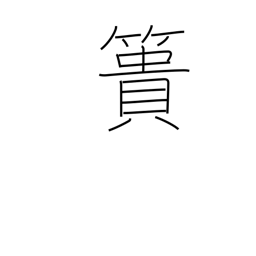
Meaning: earth-carrying basket